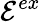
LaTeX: \mathcal{E}^{ex}